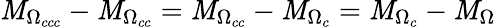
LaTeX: \mathit{M}_{\Omega_{ccc}}-\mathit{M}_{\Omega_{cc}}=\mathit{M}_{\Omega_{cc}}-\mathit{M}_{\Omega_{c}}=\mathit{M}_{\Omega_{c}}-\mathit{M}_{\Omega}